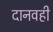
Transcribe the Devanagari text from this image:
दानवही